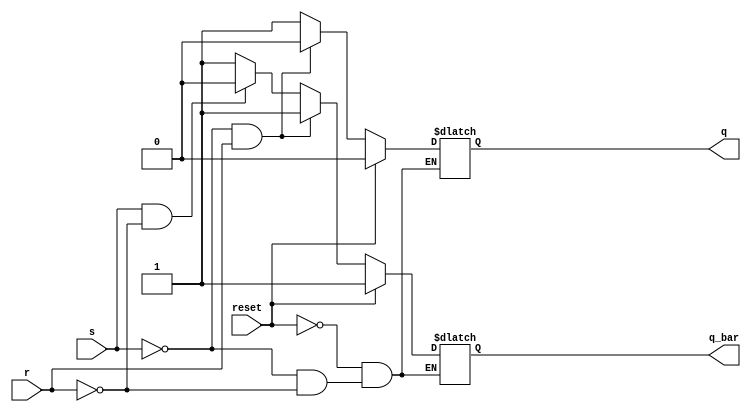
module SR_latch(q, q_bar, s, r, reset); 

    input s, r, reset;
    output q, q_bar;
    reg q, q_bar;
    
    always @ (s, r, reset)
        begin
            if (reset)
            begin
                q <= 1'b0; q_bar <= 1'b1;
            end
            else if (s == 1'b0 && r == 1'b0)
            begin
            q <= q; q_bar <= q_bar; 
            end
            else if (s == 1'b0 && r == 1'b1)
            begin
            q <= 1'b0; q_bar <= 1'b1;
            end
            else if (s == 1'b1 && r == 1'b0)
            begin
            q <= 1'b1; q_bar <= 1'b0;
            end
            else
            begin
            q <= 1'b1; q_bar <= 1'b1;
            end
        end

endmodule